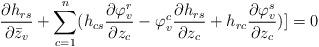
LaTeX: \begin{align*}\frac{\partial h_{rs}}{\partial \bar{z}_v}+\sum_{c=1}^n (h_{cs}\frac{\partial \varphi^{r}_v}{\partial z_c}-\varphi^c_v\frac{\partial h_{rs}}{\partial z_c}+h_{r c}\frac{\partial \varphi^{s}_v}{\partial z_c})]=0\,\,\,\,\,\end{align*}